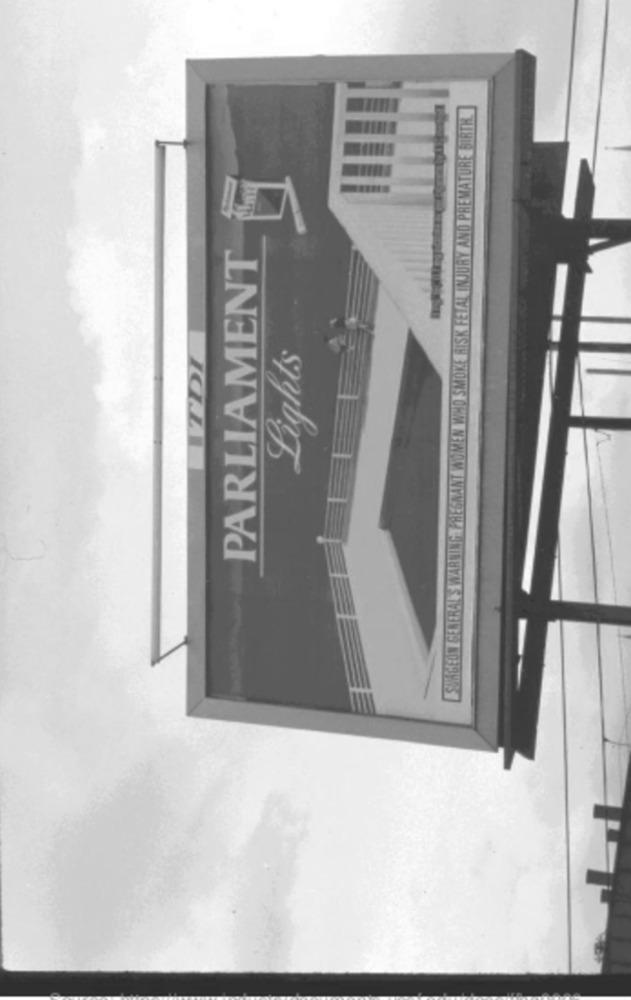
RY AND PREMATURE BIRTH
PARLIAMENT
ITDI
Lights
SURGEON GENERAL'S WARNING PREGNANT WOMEN WHO SM